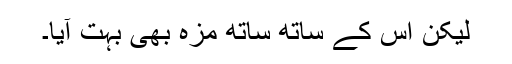
لیکن اس کے ساتھ ساتھ مزہ بھی بہت آیا۔